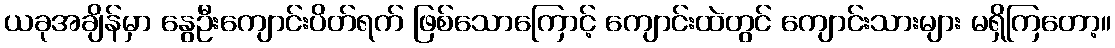
ယခုအချိန်မှာ နွေဦးကျောင်းပိတ်ရက် ဖြစ်သောကြောင့် ကျောင်းထဲတွင် ကျောင်းသားများ မရှိကြတော့။